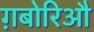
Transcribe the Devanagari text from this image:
ग़बोरिऔ